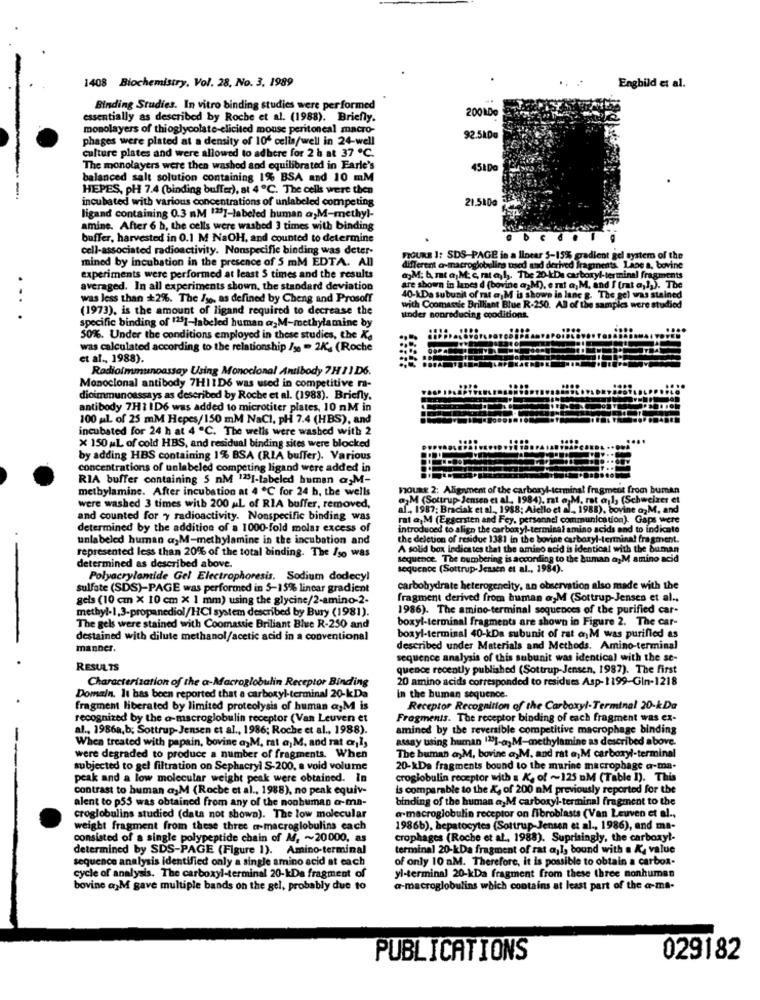
1408 Biochemistry, Vol. 28. No. 3. 1989
Engbild et al.
Binding Studies. In vitro binding studies were performed
essentially as described by Roche et al. (1988). Briefly.
200 D
monolayers of thioglycolate-elicited mouse peritoneal macro-
phages were plated at a density of 106 cells/well in 24-well
92.5kDg
culture plates and were allowed to adhere for 2 h at 37 ℃.
The monolayers were then washed and equilibrated in Earle's
451Do
balanced salt solution containing 1% BSA and 10 mM
HEPES, PH 7.4 (binding buffer), at 4 ℃. The cells were then
-
incubated with various concentrations of unlabeled competing
21.5100
ligand containing 0.3 mM 1231-labeled human a;M-methyl-
amine. After 6 h, the cells were washed 3 times with binding
buffer, harvested in 0.1 M NaOH, and counted to determine
cell-associated radioactivity. Nonspecific binding was deter-
mined by incubation in the presence of 5 mM EDTA. All
FIGURE 1: SDS-PAGE in a linear 5-15% gradient gel system of the
different a-macroglobulins used and derived fragments. Lane a, bovine
Lane a, bovine
experiments were performed at least $ times and the results
a)M. b. mat a M. c, rat al). The 20-kDa carboxyl-terminal fragments
averaged. In all experiments shown, the standard deviation
are shown in lunes d (bovine a,M), e nt a, M, and I (rat a,1,). The
was less than +2%. The /so, as defined by Cheng and Prosoff
40-kDa subunit of rt a M is shown in lane g. The gel was stained
(1973), is the amount of ligand required to decrease the
with Coomassic Brilliant Blue R.250. All of the samples were studied
... .
tinder nonreducing cooditions.
specific binding of 1251-labeled human @_M-methylamine by
50%. Under the conditions employed in these studies, the K.
was calculated according to the relationship /se - 245 (Roche
et al ., 1988).
Radioimmunoassay Using Monoclonal Antibody 7H 11D6.
Monoclonal antibody 7H11D6 was used in competitive ra-
dioimmunoassays as described by Roche et al. (1988). Briefly.
antibody 7H1 ID6 was added to microtiter plates, 10 nM in
100 ml of 25 mM Hepes/150 mM NaCl, PH 7.4 (HBS), and
incubated for 24 h at 4 ℃. The wells were washed with 2
x 150 ML of cold HBS, and residual binding sites were blocked
by adding HBS containing 1% BSA (RIA buffer). Various
concentrations of unlabeled competing ligand were added in
RIA buffer containing 5 nM 123]-labeled human @;M-
metbylamine. After incubation at 4 ℃ for 24 h, the wells
FOURE 2: Alignment of the carboxyl-terminal fragme
from buman
M (Sottrup- Jensen et al ., 1984). rt a,M. rat a
(Schweizer et
were washed 3 times with 200 ML of RIA buffer, removed,
af ., 1987; Braciak et al ., 1938; Aiello et al ., 1988). bovine a, M. and
and counted for y radioactivity. Nonspecific binding was
rat a M (Eggersten and Fey, personnel communication). Gaps were
determined by the addition of a 1000-fold molar excess of
introduced to align the carboxyl-terminal amino acids and to indicato
unlabeled human a,M-methylamine in the incubation and
the deletion of residue 1381 in the bovine carboxyl-terminal fragment.
A solid box indicates that the amino acid is identical with the buman
represented less than 20% of the total binding. The /so was
sequence. The numbering is according to the human ogM amino acid
determined as described above.
sequence (Sottrup-Jensen et al ., 1984).
Polyacrylamide Gel Electrophoresis. Sodium dodecyl
sulfate (SDS)-PAGE was performed in 5-15% linear gradient
carbohydrate heterogeneity, an observation also made with the
gels (10 cm X 10 cm X 1 mm) using the glycine/2-amino-2-
fragment derived from human a,M (Sottrup-Jensen et al ..
methyl-1,3-propanediol/HCI system described by Bury (1981).
1986). The amino-terminal sequences of the purified car-
boxyl-terminal fragments are shown in Figure 2. The car-
The gels were stained with Coomastie Briliant Blue R-250 and
destained with dilute methanol/acetic acid in a conventional
boxyl-terminal 40-kDa subunit of rat a)M was purified as
manner.
described under Materials and Methods. Amino-terminal
sequence analysis of this subunit was identical with the se-
RESULTS
quence recently published (Sottrup-Jensen, 1987). The first
Characterization of the a-Macroglobulin Receptor Binding
20 amino acids corresponded to residues Asp-1199-Gin-1218
Domain. It has been reported that a carboxyl-terminal 20-kDa
In the human sequence.
fragment liberated by limited proteolysis of human ajM is
Receptor Recognition of the Carboxyl-Terminal 20-kDa
recognized by the a-macroglobulin receptor (Van Leuven et
Fragments. The receptor binding of each fragment was ex-
al ., 1986a,b; Sottrup-Jensen et al ., 1986; Roche et al ., 1988).
amined by the reversible competitive macrophage binding
When treated with papain, bovine a,M. rat ajM. and rat ar,1,
assay using human 1231-a, M-methylamine as described above.
were degraded to produce a number of fragments. When
The buman a,M, bovine a,M. and rat a)M carboxyl-terminal
subjected to gel filtration on Sephacryl S-200, a void volume
20-kDa fragments bound to the marine macrophage a-ma.
peak and a low molecular weight peak were obtained. In
croglobulin receptor with a K, of ~125 M (Table I). This
contrast to human a,M (Roche et al ., 1988), no peak equiv-
is comparable to the &, of 200 mM previously reported for the
alent to p55 was obtained from any of the noobuman a-ma-
binding of the human a,M carboxyl-terminal fragment to the
a macroglobulin receptor on fibroblasts (Van Leuven et al .,
croglobulins studied (data not shown). The low molecular
weight fragment from these three a-macroglobulins each
1986b), hepatocytes (Sottrup Jensen et al ., 1986), and ma-
consisted of a single polypeptide chain of M, ~~ 20000, as
crophages (Roche et al ., 1988). Suprisingly, the carboxy !-
determined by SDS-PAGE (Figure 1). Amino-terminal
terminal 20-kDa fragment of rat ajIs bound with a K. value
sequence analysis identified only a single amino acid at each
of only 10 aM. Therefore, it is possible to obtain a carbox-
cycle of analysis. The carboxyl-terminal 20-kDa fragment of
yl-terminal 20-kDa fragment from these three nonhuman
bovine a>M gave multiple bands on the gel, probably due to
a-macroglobulins which contains at least part of the a-ma-
PUBLICATIONS
029182